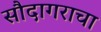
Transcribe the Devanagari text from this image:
सौदागराचा